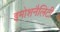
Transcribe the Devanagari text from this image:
इमोशनैलिटी